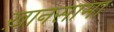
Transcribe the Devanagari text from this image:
ख़ानसामा